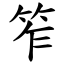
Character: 笮